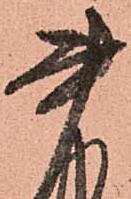
書